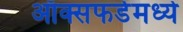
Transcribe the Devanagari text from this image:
ऑक्सफर्डमध्ये